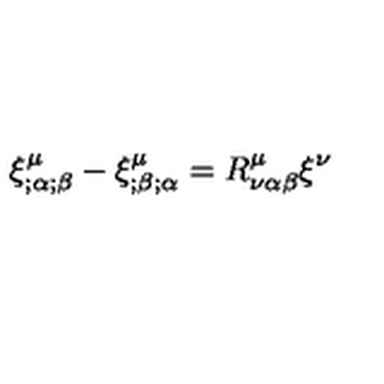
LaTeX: \xi _ { ; \alpha ; \beta } ^ { \mu } - \xi _ { ; \beta ; \alpha } ^ { \mu } = R _ { \nu \alpha \beta } ^ { \mu } \xi ^ { \nu }